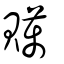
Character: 贎